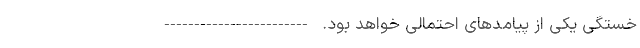
خستگی یکی از پیامدهای احتمالی خواهد بود. ------------------------